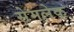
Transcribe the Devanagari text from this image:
सेमलेक